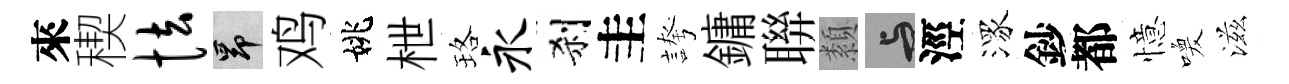
來稧怯昂鸡姚枻珞永刹圭誇鏞聨纇与涇潈鈔都憶喚滋